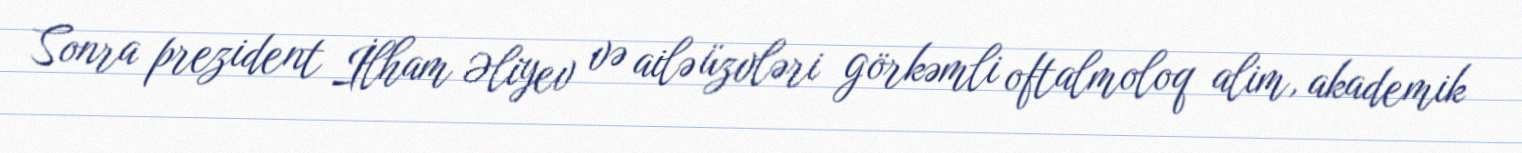
Sonra prezident İlham Əliyev və ailə üzvləri görkəmli oftalmoloq alim, akademik